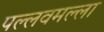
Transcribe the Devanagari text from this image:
पल्लवमल्ला